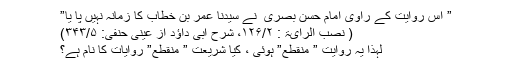
” اس روایت کے راوی امام حسن بصری ؒ نے سیدنا عمر بن خطاب کا زمانہ نہیں پا یا”
( نصب الرایۃ : ۱۲۶/۲، شرح ابی داؤد از عینی حنفی: ۳۴۳/۵)
لہذا یہ روایت ” منقطع” ہوئی ، کیا شریعت ” منقطع” روایات کا نام ہے؟